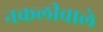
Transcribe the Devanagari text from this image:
नकलीवाले